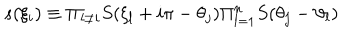
s ( \xi _ { i } ) \equiv \Pi _ { l \neq i } S ( \xi _ { l } + i \pi - \theta _ { j } ) \Pi _ { l = 1 } ^ { n } S ( \theta _ { j } - \vartheta _ { l } )